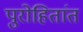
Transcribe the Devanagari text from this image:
पुरोहितांत